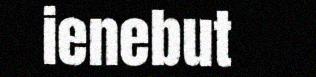
ienebut